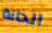
الحانة